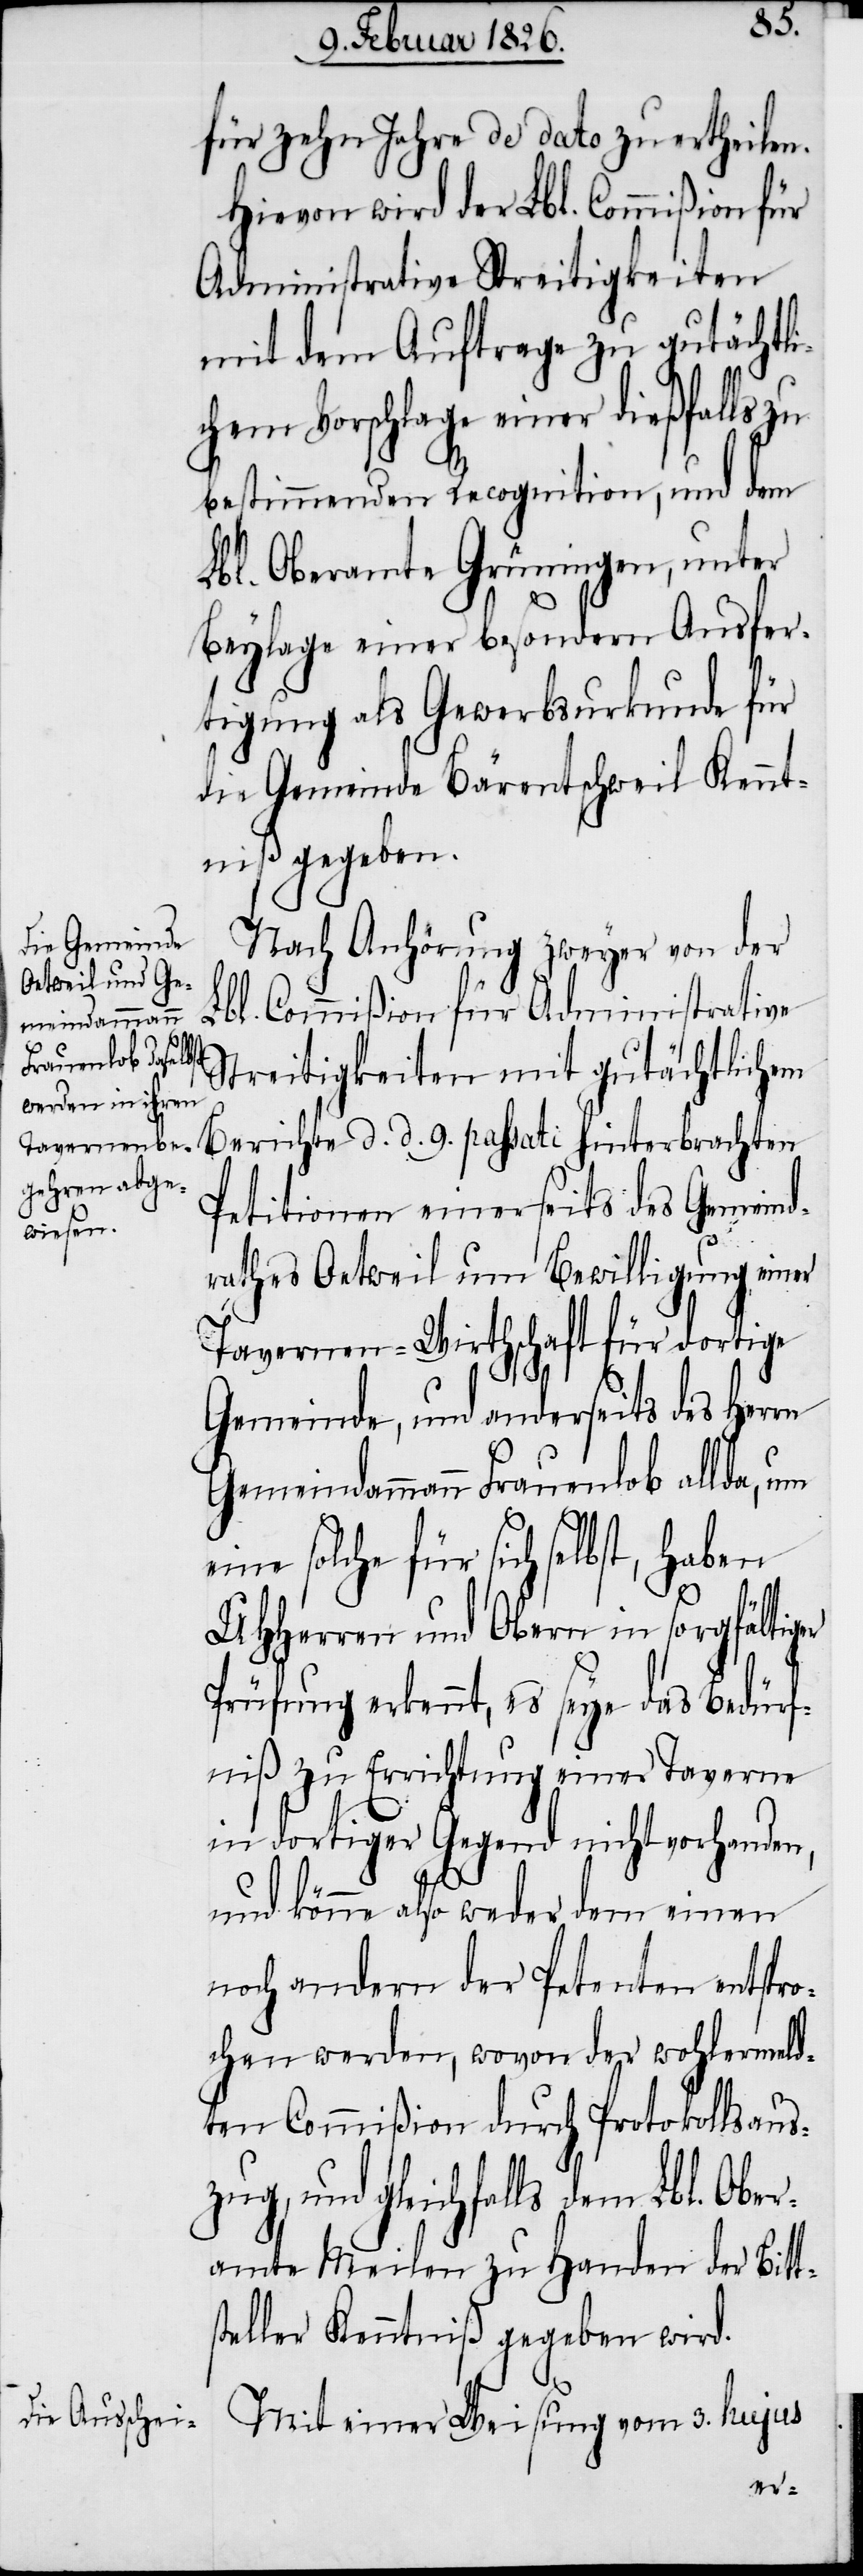
für zehn Jahre de dato zu ertheilen.
Hievon wird der Lbl. Commißion für
Administrative Streitigkeiten
mit dem Auftrage zu gutächtli¬
chem Vorschlage einer dießfalls zu
bestimmenden Recognition, und dem
Lbl. Oberamte Grüningen, unter
Beylage einer besondern Ausfer¬
tigung als Gewerbsurkunde für
die Gemeinde Bärentschweil Kennt¬
niß gegeben.
Nach Anhörung zweyer von der
Lbl. Commißion für Administrative
Streitigkeiten mit gutächtlichem
Petitionen einerseits des Gemeind¬
rathes Oetweil um Bewilligung einer
Tavernen-Wirthschaft für dortige
Gemeinde, und anderseits des Herrn
Gemeindammann Frauenlob allda, um
ne solche für sich selbst, haben
UHHerren und Obern in sorgfältiger
Prüfung erkennt, es seye das Bedürf¬
niß zu Errichtung einer Taverne
in dortiger Gegend nicht vorhanden,
9.
und könne also weder dem einen
noch andern der Petenten entspro¬
chen werden, wovon der wohlermeld¬
ten Commißion durch Protokollsaus¬
zug, und gleichfalls dem Lbl. Ober¬
amte Meilen zu Handen der Bitt¬
steller Kenntniß gegeben wird.
Mit einer Weisung vom 3. hujus
ei¬